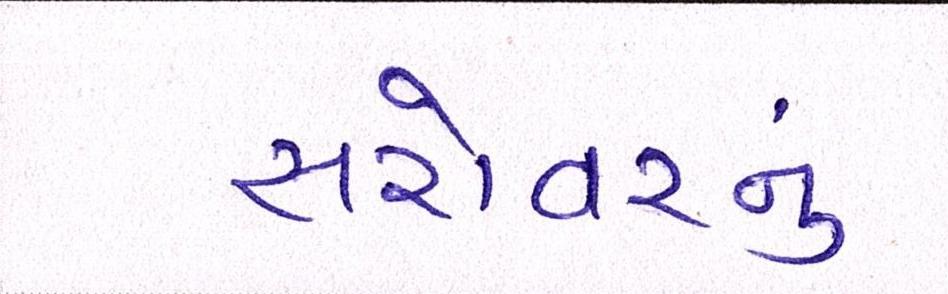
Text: સરોવરનું